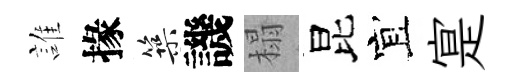
誰掾築譏榻昆宜寔